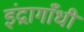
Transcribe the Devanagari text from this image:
इंद्रागाँधी